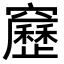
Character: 𥨻